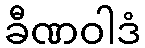
ခီဏဝါဒံ